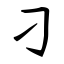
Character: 刁